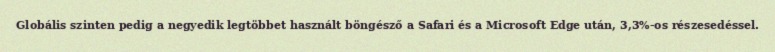
Globális szinten pedig a negyedik legtöbbet használt böngésző a Safari és a Microsoft Edge után, 3,3%-os részesedéssel.